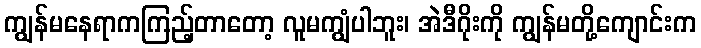
ကျွန်မနေရာကကြည့်တာတော့ လူမကျွံပါဘူး၊ အဲဒီဂိုးကို ကျွန်မတို့ကျောင်းက